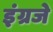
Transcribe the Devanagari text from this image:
इंग्रजे